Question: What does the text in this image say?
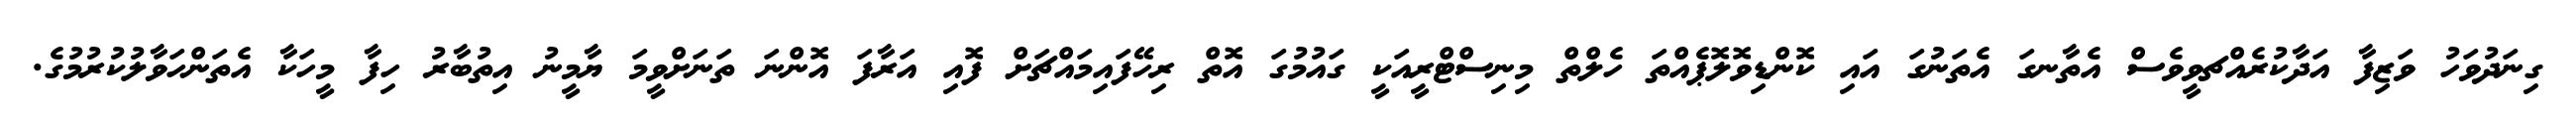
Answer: ގިނަދުވަހު ވަޒިފާ އަދާކުރެއްޗވީވެސް އެތާނގަ އެތަނުގަ އައި ކޮންޑިވޮލޮޕެއްތަ ހެލްތް މިނިސްޓްރީއަކީ ގައުމުގަ އޮތް ރިހޭފައިމައްޗަށް ފޮއި އަރާފަ އޮންނަ ތަނަށްވީމަ ޔާމީނު އިތުބާރު ހިފާ މީހަކާ އެތަންހަވާލުކުރުމުގެ.